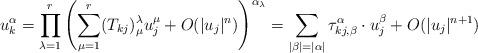
LaTeX: \begin{align*}u_k^\alpha=\prod_{\lambda=1}^r\left(\sum_{\mu=1}^r(T_{kj})^\lambda_\mu u_j^\mu+O(|u_j|^n)\right)^{\alpha_\lambda}=\sum_{|\beta|=|\alpha|}\tau_{kj, \beta}^\alpha\cdot u_j^\beta +O(|u_j|^{n+1})\end{align*}